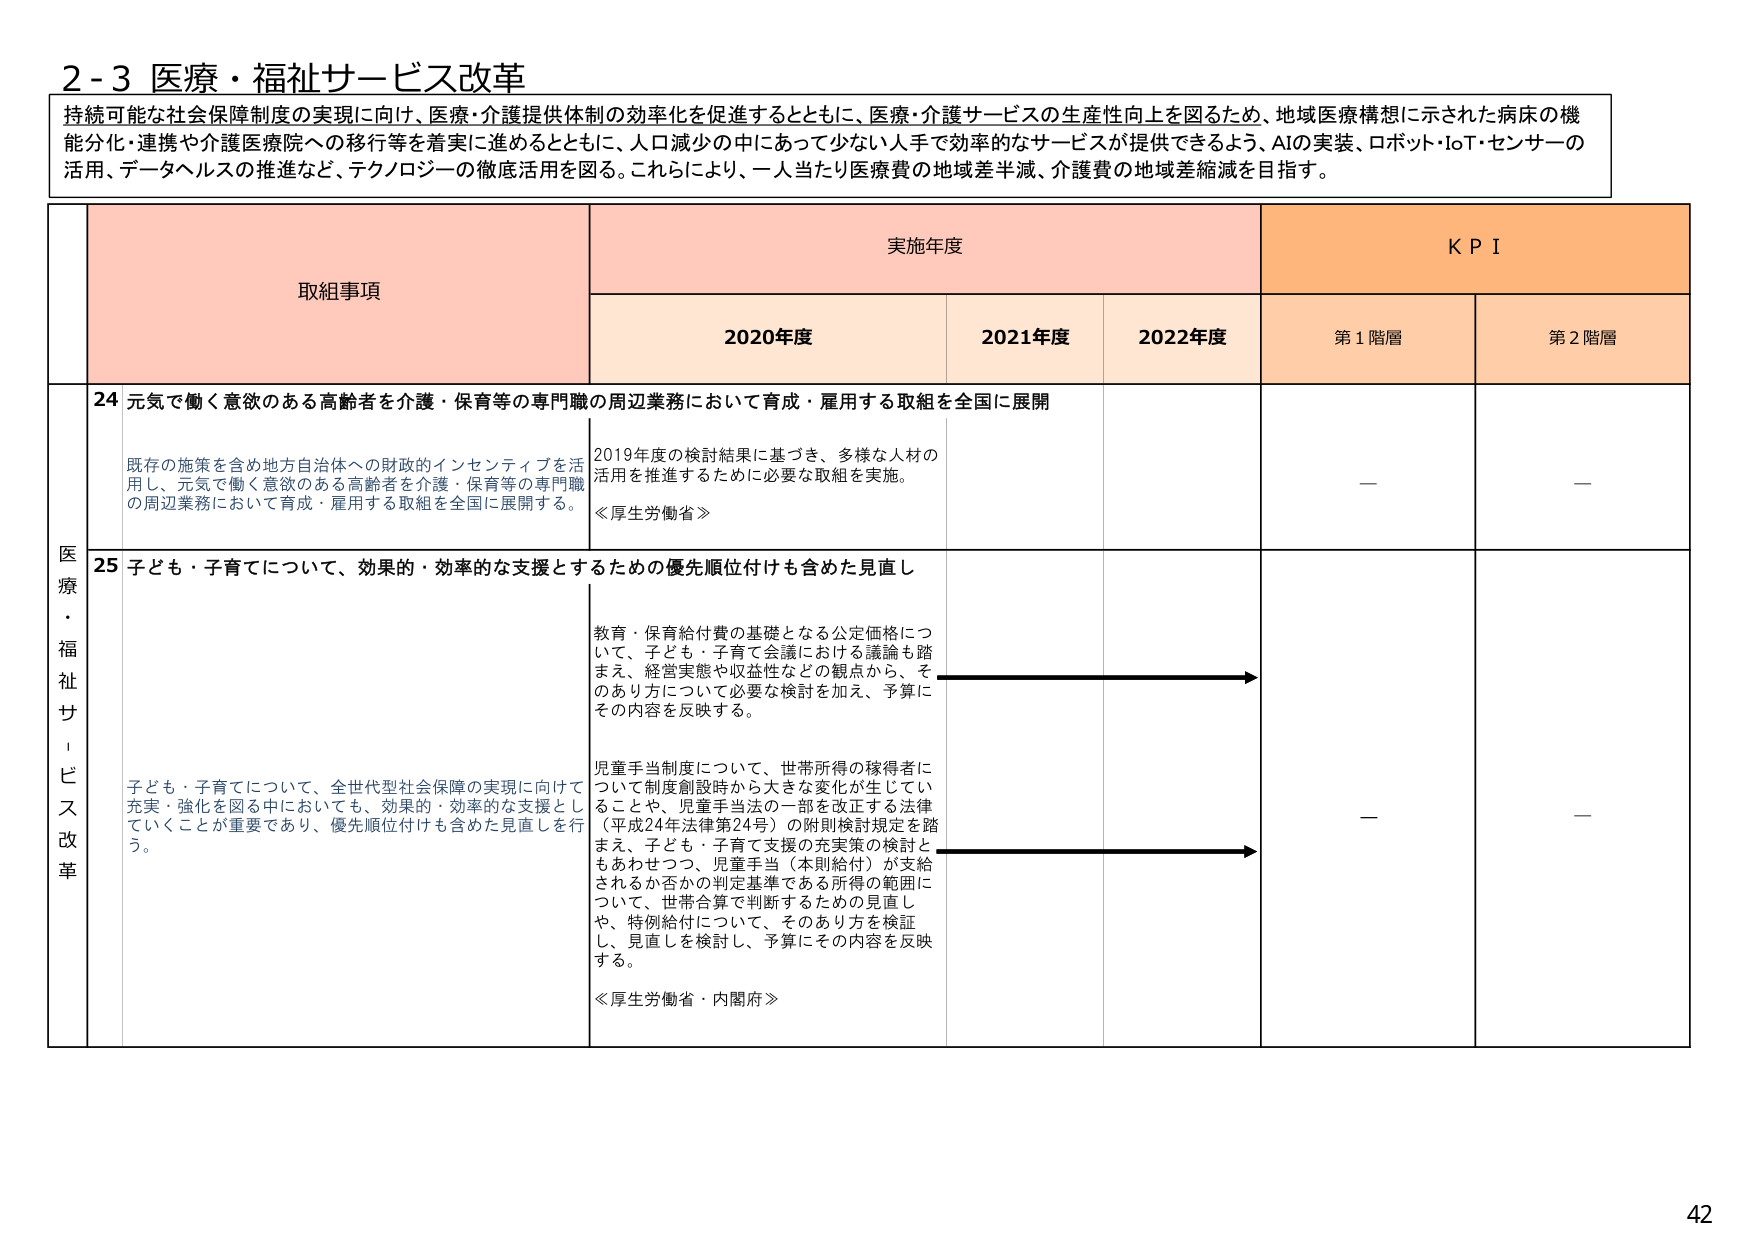
2-3 医療・福祉サービス改革
持続可能な社会保障制度の実現に向け、医療・介護提供体制の効率化を促進するとともに、医療・介護サービスの生産性向上を図るため、地域医療構想に示された病床の機能分化・連携や介護医療院への移行等を着実に進めるとともに、人口減少の中であって少ない人手で効率的なサービスが提供できるよう、AIの実装、ロボット・IoT・センサーの活用、データヘルスの推進など、テクノロジーの徹底活用を図る。これにより、一人当たり医療費の地域差半減、介護費の地域差縮減を目指す。

取組事項
実施年度
KPI

2020年度
2021年度
2022年度
第1階層
第2階層

医療・福祉サービス改革

24 元気で働く意欲のある高齢者を介護・保育等の専門職の周辺業務において育成・雇用する取組を全国に展開
既存の施策を含め地方自治体への財政的インセンティブを活用し、元気で働く意欲のある高齢者を介護・保育等の専門職の周辺業務において育成・雇用する取組を全国に展開する。
2019年度の検討結果に基づき、多様な人材の活用を推進するために必要な取組を実施。
≪厚生労働省≫
—
—

25 子ども・子育てについて、効果的・効率的な支援とするための優先順位付けも含めた見直し
教育・保育給付費の基礎となる公定価格について、子ども・子育て会議における議論も踏まえ、経営実態や収益性などの観点から、そのあり方について必要な検討を加え、予算にその内容を反映する。
児童手当制度について、世帯所得の稼得者について制度創設時から大きな変化が生じていることや、児童手当法の一部を改正する法律（平成24年法律第24号）の附則検討規定を踏まえ、子ども・子育て支援の充実策の検討ともあわせつつ、児童手当（本則給付）が支給されるか否かの判定基準である所得の範囲について、世帯合算で判断するための見直しや、特別給付について、そのあり方を検証し、見直しを検討し、予算にその内容を反映する。
≪厚生労働省・内閣府≫
—
—

42